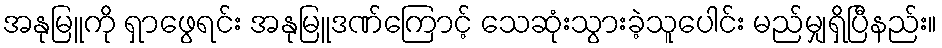
အနုမြူကို ရှာဖွေရင်း အနုမြူဒဏ်ကြောင့် သေဆုံးသွားခဲ့သူပေါင်း မည်မျှရှိပြီနည်း။